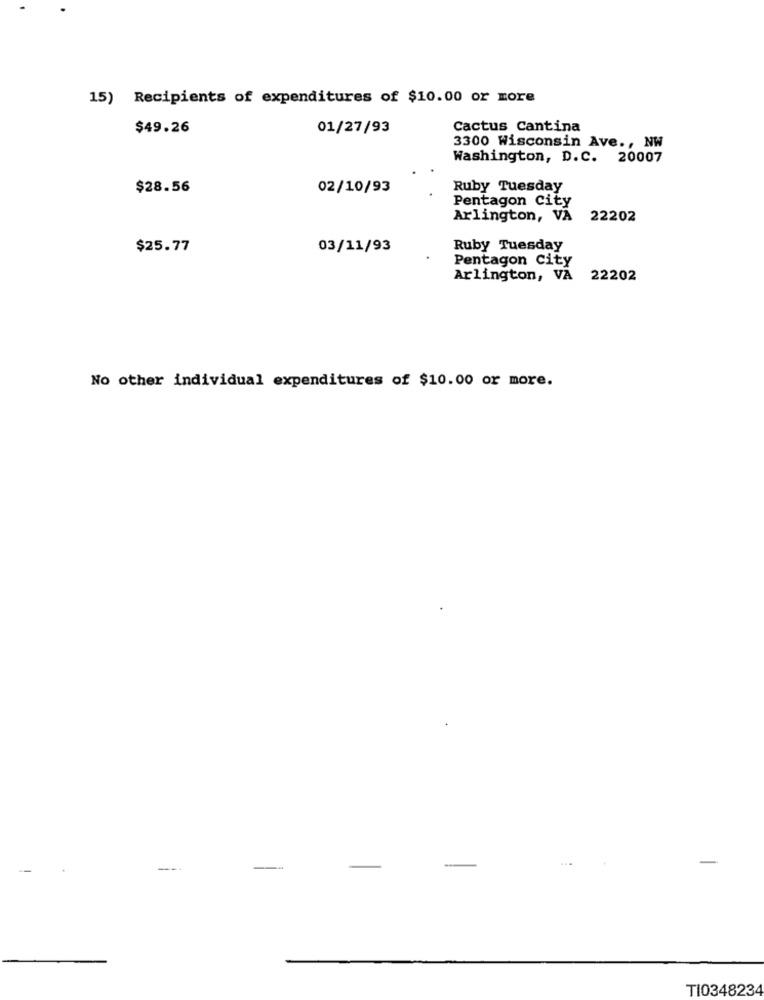
15) Recipients of expenditures of $10.00 or more
$49.26
01/27/93
Cactus Cantina
3300 Wisconsin Ave ., NW
Washington, D.C. 20007
$28.56
02/10/93
Ruby Tuesday
Pentagon City
Arlington, VA
22202
$25.77
03/11/93
Ruby Tuesday
Pentagon City
Arlington, VA
22202
No other individual expenditures of $10.00 or more.
-
TI0348234